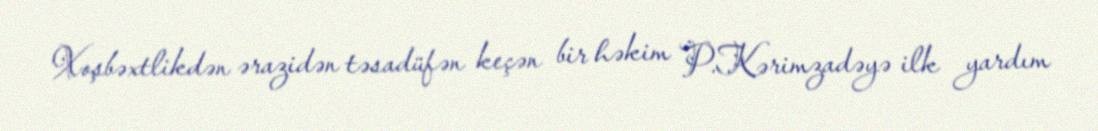
Xoşbəxtlikdən ərazidən təsadüfən keçən bir həkim P.Kərimzadəyə ilk yardım